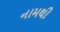
નામથી